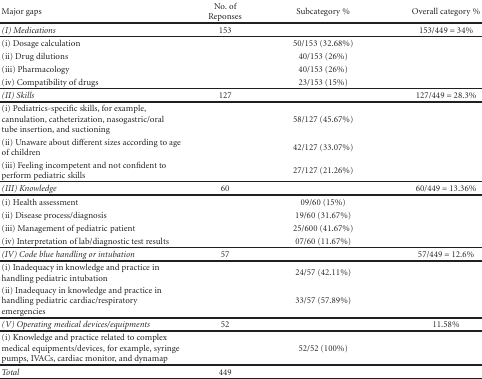
| Major gaps | No. of Reponses | Subcategory % | Overall category % |
 | --- | --- | --- | --- |
 | (I) Medications | 153 |  | 153/449 = 34% |
 | (i) Dosage calculation |  | 50/153 (32.68%) |  |
 | (ii) Drug dilutions |  | 40/153 (26%) |  |
 | (iii) Pharmacology |  | 40/153 (26%) |  |
 | (iv) Compatibility of drugs |  | 23/153 (15%) |  |
 | (II) Skills | 127 |  | 127/449 = 28.3% |
 | (i) Pediatrics-specific skills, for example, cannulation, catheterization, nasogastric/oral tube insertion, and suctioning |  | 58/127 (45.67%) |  |
 | (ii) Unaware about different sizes according to age of children |  | 42/127 (33.07%) |  |
 | (iii) Feeling incompetent and not confident to perform pediatric skills |  | 27/127 (21.26%) |  |
 | (III) Knowledge | 60 |  | 60/449 = 13.36% |
 | (i) Health assessment |  | 09/60 (15%) |  |
 | (ii) Disease process/diagnosis |  | 19/60 (31.67%) |  |
 | (iii) Management of pediatric patient |  | 25/600 (41.67%) |  |
 | (iv) Interpretation of lab/diagnostic test results |  | 07/60 (11.67%) |  |
 | (IV) Code blue handling or intubation | 57 |  | 57/449 = 12.6% |
 | (i) Inadequacy in knowledge and practice in handling pediatric intubation |  | 24/57 (42.11%) |  |
 | (ii) Inadequacy in knowledge and practice in handling pediatric cardiac/respiratory emergencies |  | 33/57 (57.89%) |  |
 | (V) Operating medical devices/equipments | 52 |  | 11.58% |
 | (i) Knowledge and practice related to complex medical equipments/devices, for example, syringe pumps, IVACs, cardiac monitor, and dynamap |  | 52/52 (100%) |  |
 | Total | 449 |  |  |